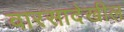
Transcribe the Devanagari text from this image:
वारसादेखील